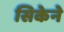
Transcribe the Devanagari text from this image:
सिकेने